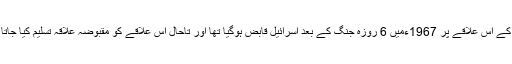
شام کے اس علاقے پر 1967ءمیں 6 روزہ جنگ کے بعد اسرائیل قابض ہوگیا تھا اور تاحال اس علاقے کو مقبوضہ علاقہ تسلیم کیا جاتا ہے۔